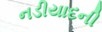
નડીયાદની